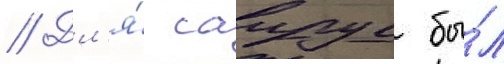
// Дл'я́ саирус бы́л